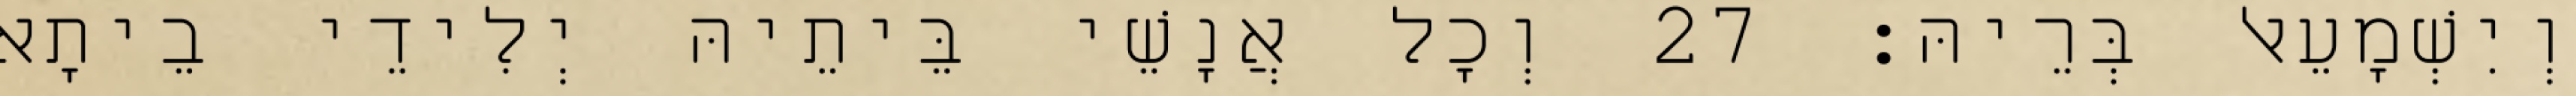
וְיִשְׁמָעֵאל בְּרֵיהּ׃ 27 וְכָל אֲנָשֵׁי בֵּיתֵיהּ יְלִידֵי בֵיתָא